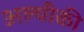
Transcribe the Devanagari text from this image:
अल्चीकी